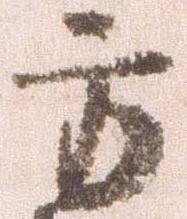
方